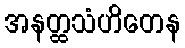
အနတ္ထသံဟိတေန